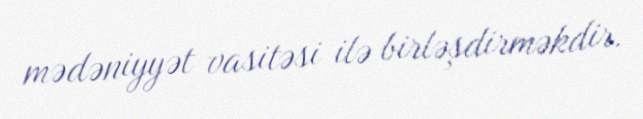
mədəniyyət vasitəsi ilə birləşdirməkdir.